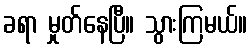
ခရာ မှုတ်နေပြီ။ သွားကြမယ်။